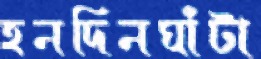
হনদিনঘাঁটা